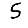
Digit: 5